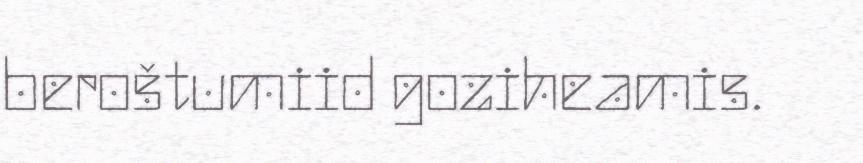
beroštumiid goziheamis.